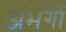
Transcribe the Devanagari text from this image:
अंभंगों